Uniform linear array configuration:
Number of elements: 32
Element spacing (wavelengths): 0.5
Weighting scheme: hann
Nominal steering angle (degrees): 0
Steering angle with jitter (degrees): -0.2739
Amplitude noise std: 0.05
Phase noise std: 0.05

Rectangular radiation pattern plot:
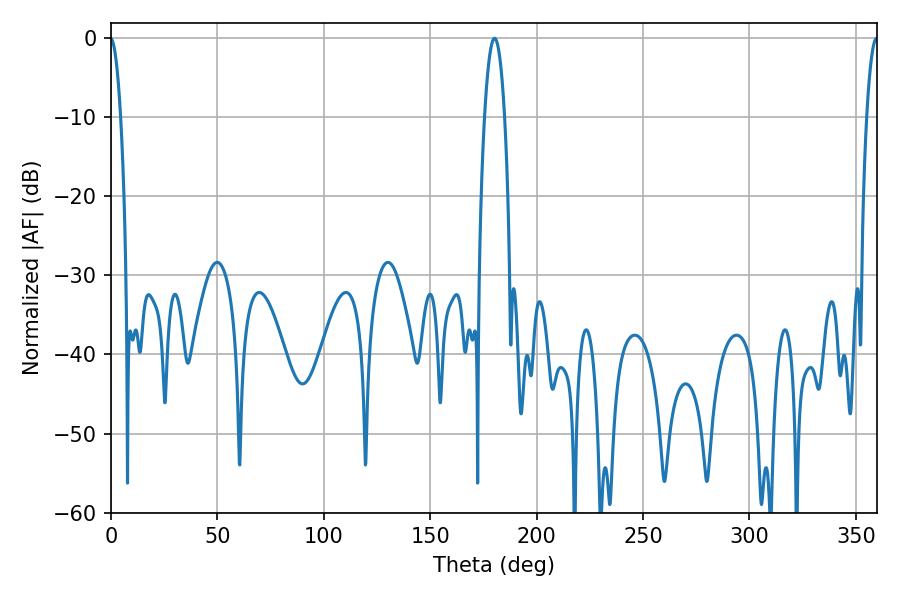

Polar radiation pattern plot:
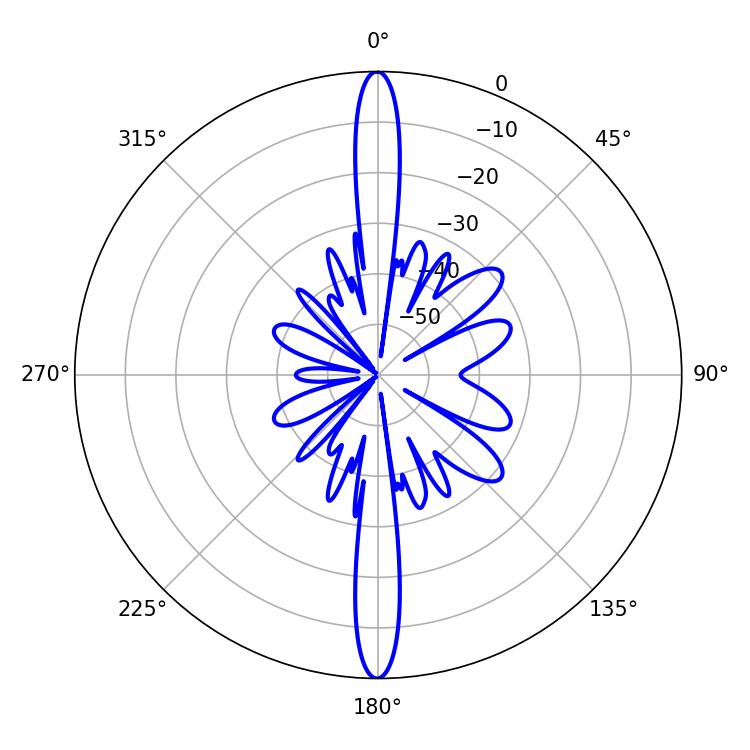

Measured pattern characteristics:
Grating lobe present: FALSE
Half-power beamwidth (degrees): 5.22
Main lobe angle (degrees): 180.18